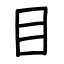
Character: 目